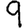
Digit: 9